Document type: Emphyteutic lease
Year: 1316
Scribe: Berenguer de Vallseca
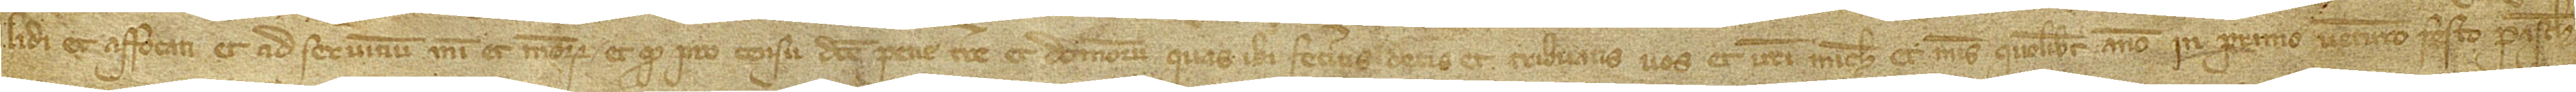
lidi et affocati et ad servitium mihi et meorum, et quod pro censu dicte pecie terre et domorum quas ibi feceritis detis et tribuatis vos et vestri michi et meis quolibet anno in primo venturo festo Pasche